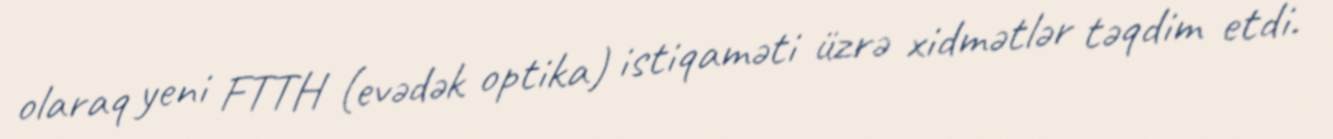
olaraq yeni FTTH (evədək optika) istiqaməti üzrə xidmətlər təqdim etdi.